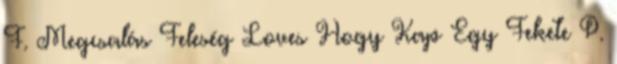
F. Megcsalás Feleség Loves Hogy Kap Egy Fekete P.